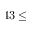
4 3 \leq